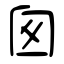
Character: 囪